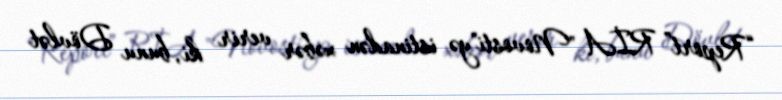
“Report” RİA "Novosti"yə istinadən xəbər verir ki, bunu Dövlət